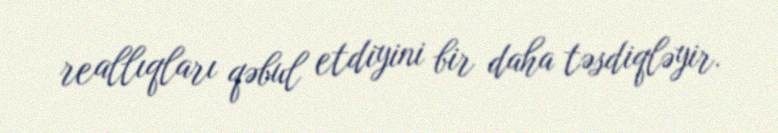
reallıqları qəbul etdiyini bir daha təsdiqləyir.